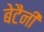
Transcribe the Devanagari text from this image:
बेटैनी